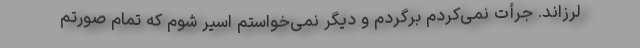
لرزاند. جرأت نمی‌کردم برگردم و دیگر نمی‌خواستم اسیر شوم که تمام صورتم